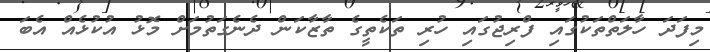
މިފަދަ ހާލަތްތަކުގައި ފްރިޖުގައި ހުރި ތަކެތީގެ ތާޒާކަން ދެނެގަތުމަށް މޮޅު އުކުޅެއް އެބަ